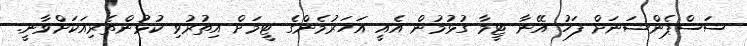
ސަސްޕެންޝަނަށް ފަހު އޭނާ ޓީމާ ގުޅުމުން އެއީ އަހަރުމެންގެ ޓީމަށް އިތުރުވި ކުޅުންތެރިއަކަށްވާނީ.